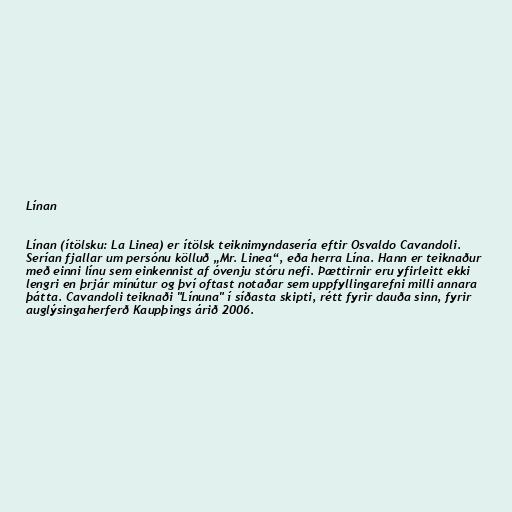
Línan

Línan (ítölsku: La Linea) er ítölsk teiknimyndasería eftir Osvaldo Cavandoli.
Serían fjallar um persónu kölluð „Mr. Linea“, eða herra Lína. Hann er teiknaður
með einni línu sem einkennist af óvenju stóru nefi. Þættirnir eru yfirleitt ekki
lengri en þrjár mínútur og því oftast notaðar sem uppfyllingarefni milli annara
þátta. Cavandoli teiknaði "Línuna" í síðasta skipti, rétt fyrir dauða sinn, fyrir
auglýsingaherferð Kaupþings árið 2006.